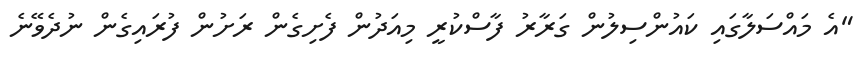
"އެ މައްސަލާގައި ކައުންސިލުން ގަރާރު ފާސްކުރީ މިއަދުން ފެށިގެން ރަށުން ފުރައިގެން ނުދެވޭނެ